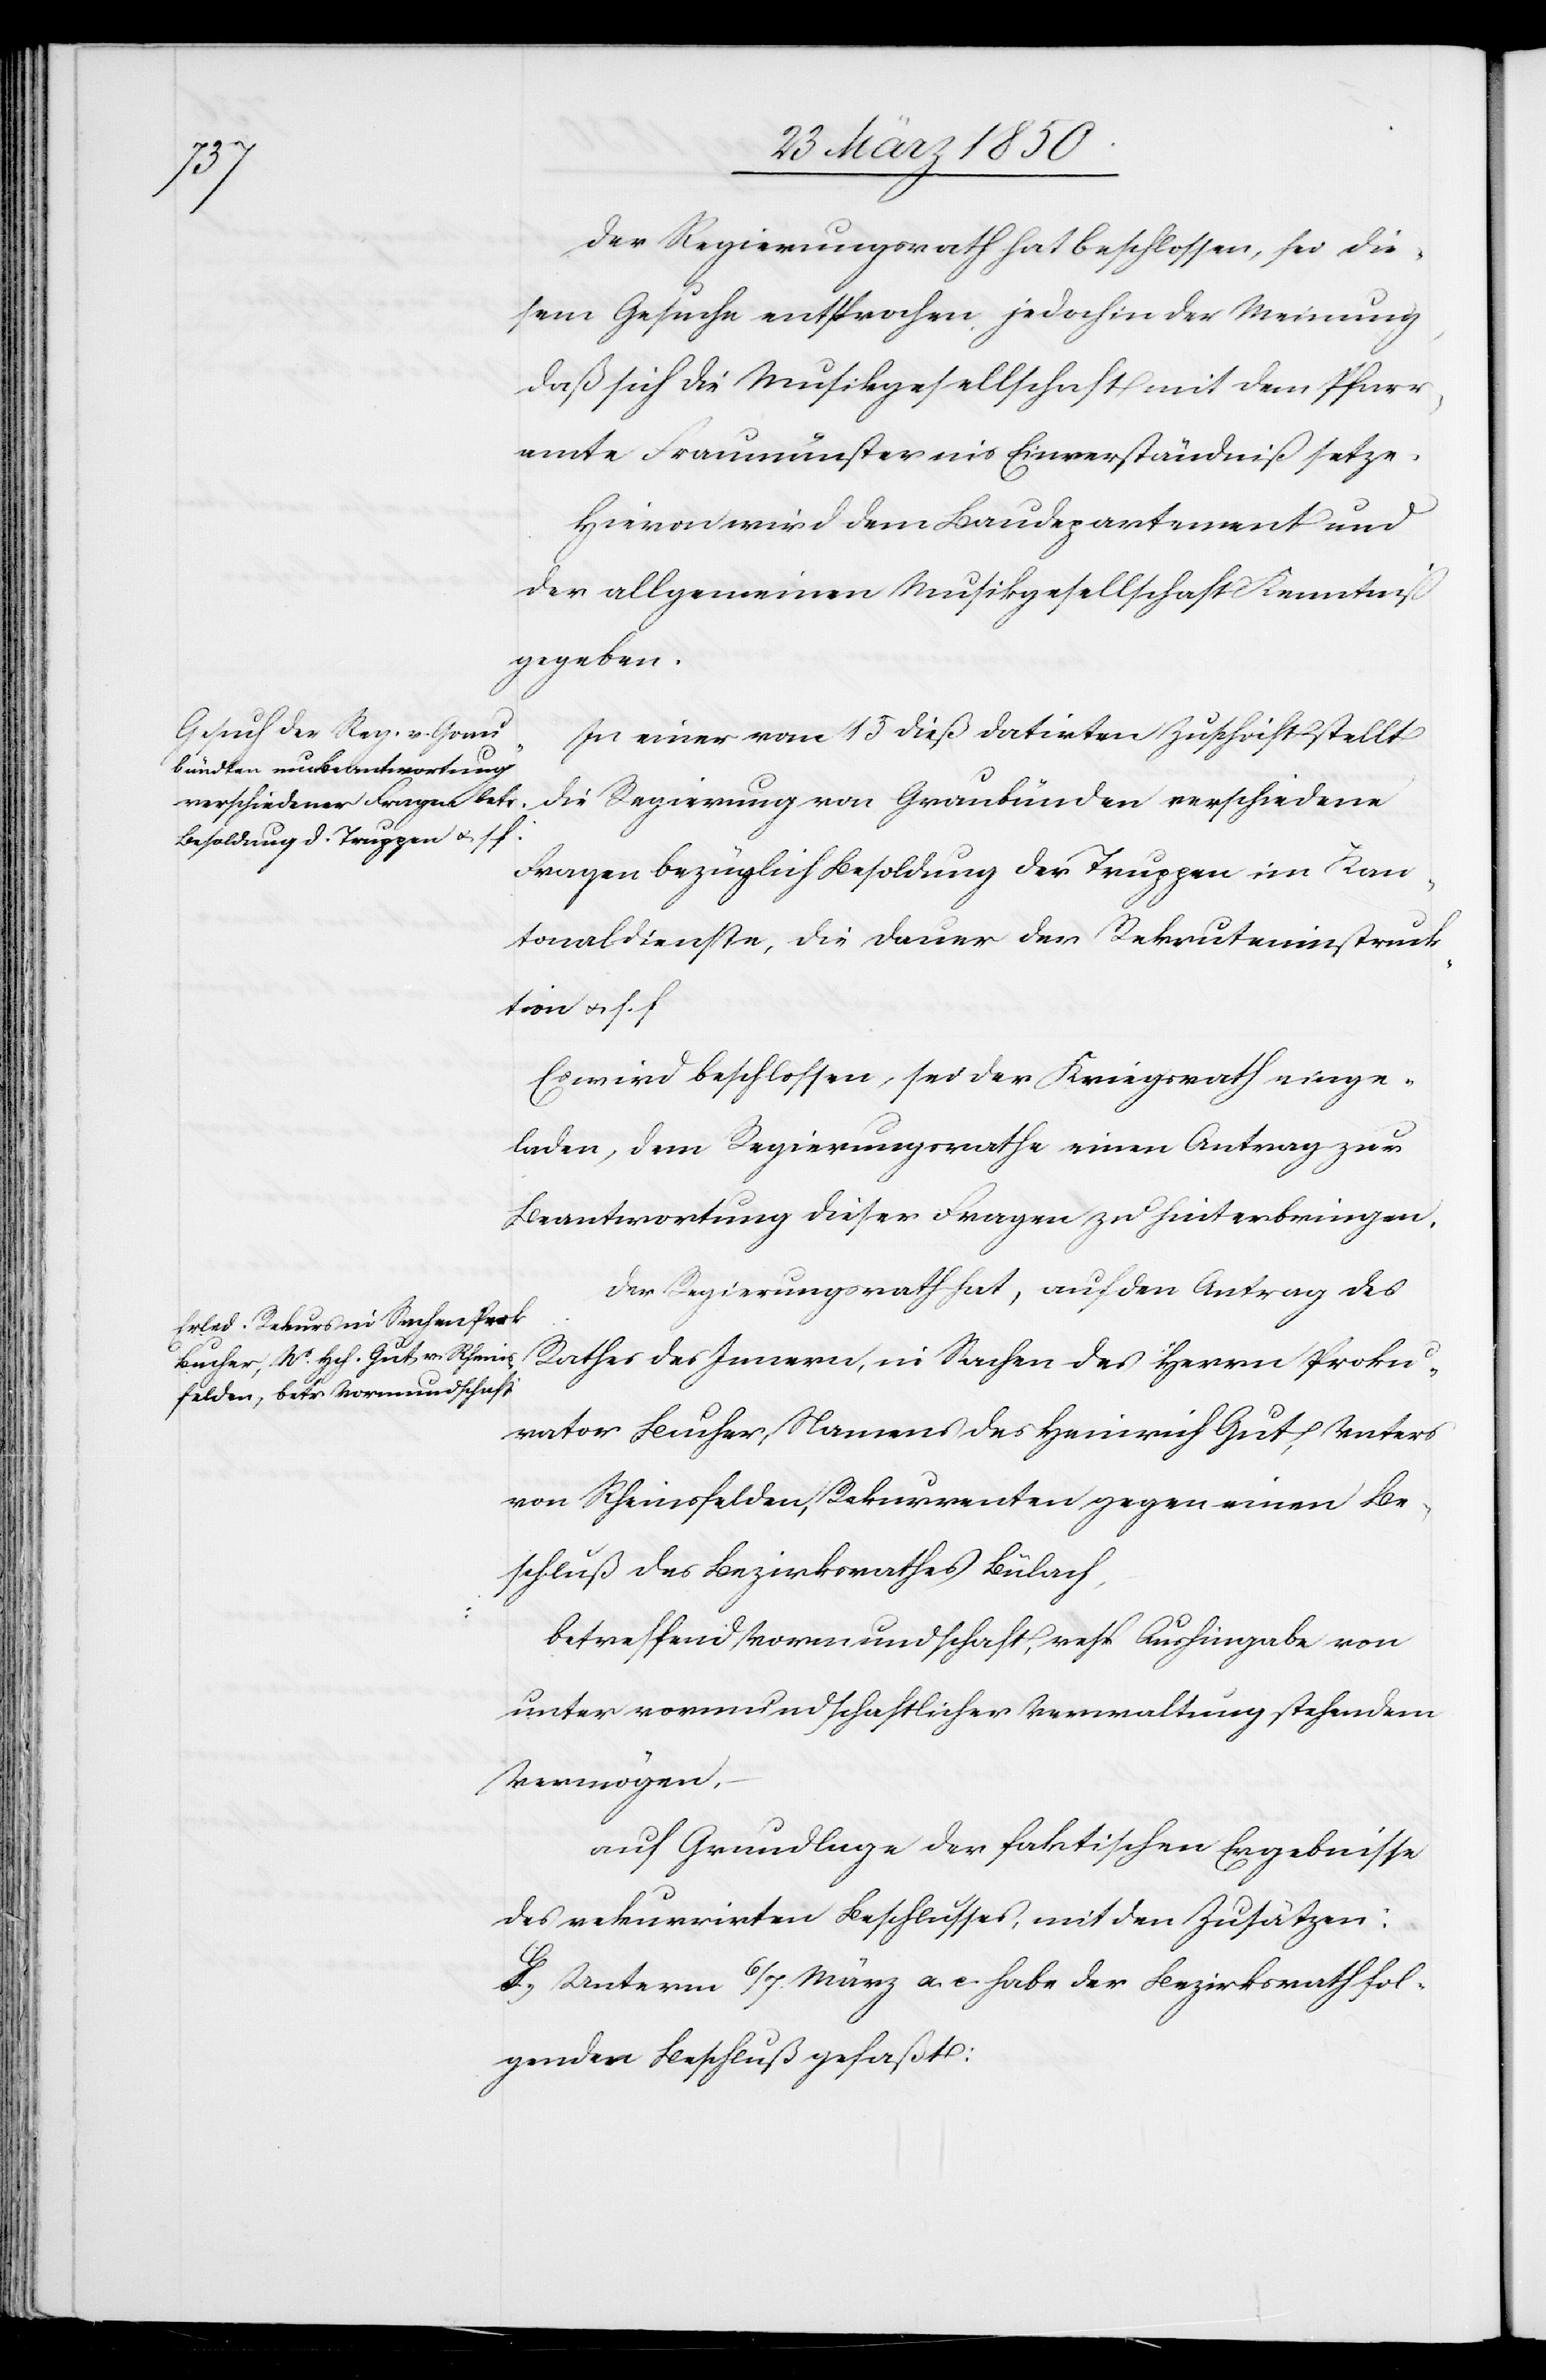
Der Regierungsrath hat beschlossen, sei die¬
sem Gesuch entsprochen, jedoch in der Meinung,
daß sich die Musikgesellschaft mit dem Pfarr¬
amte Fraumünster ins Einverständniß setze.
Hievon wird dem Baudepartement und
der allgemeinen Musikgesellschaft Kenntniß
gegeben.
In einer vom 15 dieß datirten Zuschrift stellt
die Regierung von Graubünden verschiedene
Fragen bezüglich Besoldung der Truppen im Kan¬
tonaldienste, die Dauer der Rekruteninstruk¬
tion u. s. f.
Es wird beschlossen, sei der Kriegsrath einge¬
laden, dem Regierungsrathe einen Antrag zur
Beantwortung dieser Fragen zu hinterbringen.
Der Regierungsrath hat, auf den Antrag des
Rathes des Innern, in Sachen des Herrn Proku¬
rator Bucher, Namens des Heinrich Gut, Vaters
von Rheinsfelden, Rekurrenten gegen einen Be¬
schluß des Bezirksrathes Bülach,
betreffend Vormundschaft, resp Aushingabe von
unter vormundschaftlicher Verwaltung stehendem
Vermögen,
auf Grundlage der faktischen Ergebnisse
des rekurrirten Beschlusses, mit den Zusätzen:
G. Unterm 6/7. März a. c. habe der Bezirksrath fol¬
genden Beschluß gefaßt: